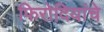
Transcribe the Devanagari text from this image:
फिरोदियांचे